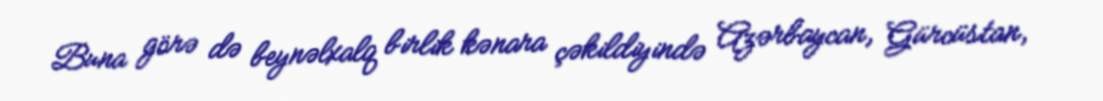
Buna görə də beynəlxalq birlik kənara çəkildiyində Azərbaycan, Gürcüstan,